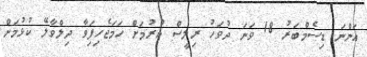
އަންނަ ޑިސެމްބަރު 18 ވަނަ ދުވަހު ރިލީސް ކުރުމަށް ހަމަޖެހިފަިވާ ދިލްވާލޭ ކުޅުމަށް